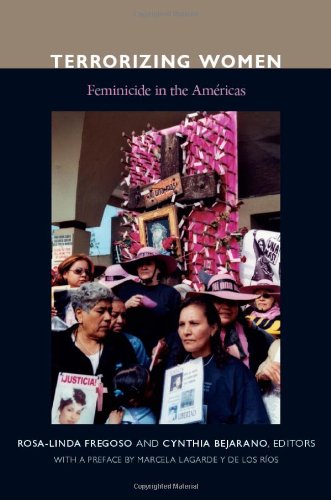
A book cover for Terrorizing Women: Feminicide in the Americas; Gay & Lesbian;